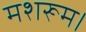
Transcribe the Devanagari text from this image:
मशरूम।